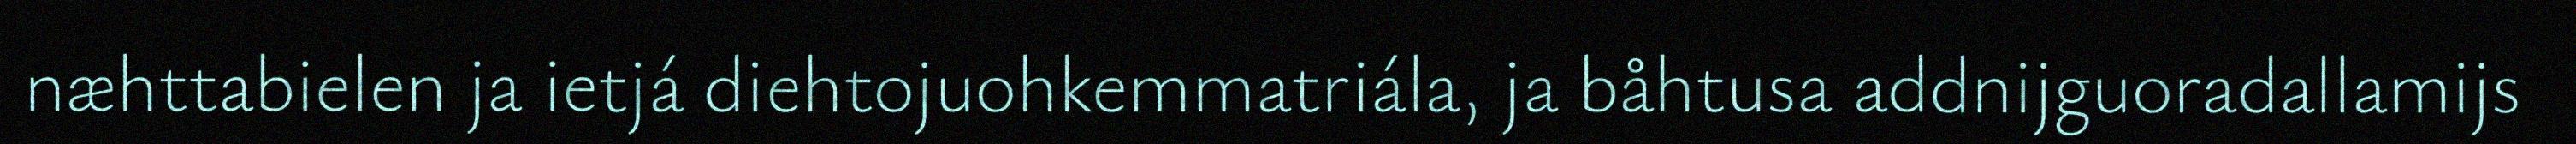
næhttabielen ja ietjá diehtojuohkemmatriála, ja båhtusa addnijguoradallamijs